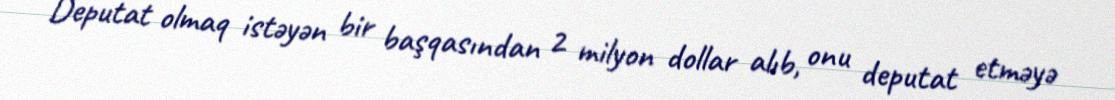
Deputat olmaq istəyən bir başqasından 2 milyon dollar alıb, onu deputat etməyə